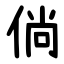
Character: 倘